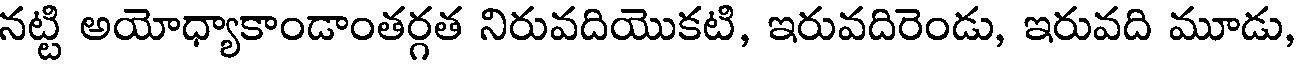
నట్టి అయోధ్యాకాండాంతర్గత నిరువదియొకటి, ఇరువదిరెండు, ఇరువది మూడు,